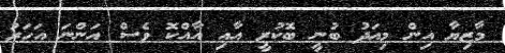
މާޒިޔާ އިން މިއަދު ބުނީ ބޮކުރީ އާއި އާއްކޮ ވެސްް އަންނަ އަހަރު